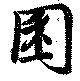
囷